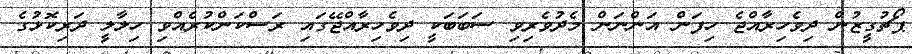
ޕޯޗުގީޒުން ދިވެހިރާއްޖެ ހިފަން އަންނަން މެދުވެރިވި ސަބަބަކީ ދިވެހިރާއްޖޭގައި ރަސްކަންކުރެއްވި ހިލާލީ ދަރިކޮޅުގެ